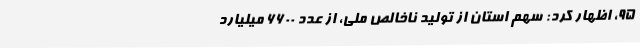
95، اظهار کرد: سهم استان از تولید ناخالص ملی، از عدد 6600 میلیارد